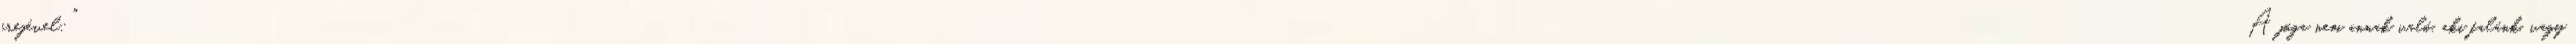
erejével: "A jóga nem annak való, aki falánk, vagy